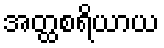
အတ္ထစရိယာယ